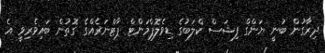
ދިރާގުން ބުނީ ޔަންގް ފިޝަސް ކްލަބުގެ ޑިވެލޮޕްމަންޓް ޕާޓްނަރެއްގެ ގޮތުން ބައިވެރިވީ އެ